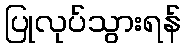
ပြုလုပ်သွားရန်